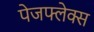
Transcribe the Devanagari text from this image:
पेजफ्लेक्स